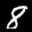
Label: 8